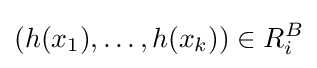
(h(x_{1}),\ldots ,h(x_{k}))\in R_{i}^{B}